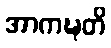
အာကဍ္ဎတိ